Document type: Sale
Year: 1430
Scribe: [Unknown]
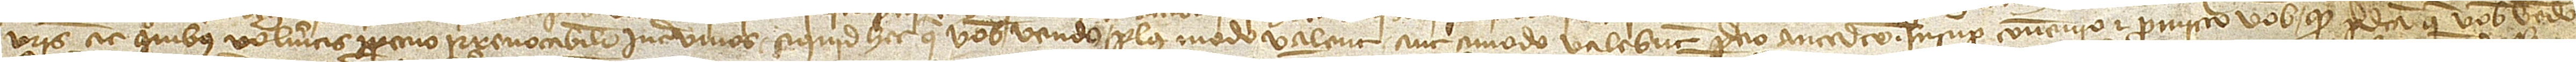
vestris ac quibus volueritis perpetuo irrevocabiliter inter vivos siquid hec que vobis vendo plus modo valent aut amodo valebunt precio antedicto. Insuper convenio et promitto vobis quod predicta que vobis vendo